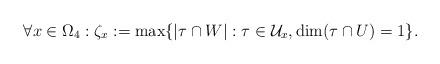
LaTeX: \begin{align*}\forall x\in \Omega_4:\zeta_x:=\max\{|\tau\cap W|:\tau\in\mathcal{U}_x,\dim(\tau\cap U)=1\}.\end{align*}